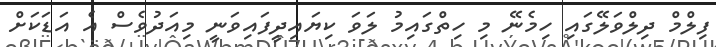
ފިލްމް ދިލްވަލޭގައި ހިމެނޭ މި ހިތްގައިމު ލަވަ ކިޔައިދީފައިވަނީ މިއަދުވެސް އެ އަޑަކަށް